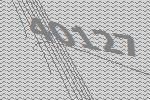
40127